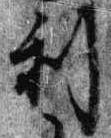
利